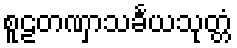
စူဠတဏှာသင်္ခယသုတ္တံ